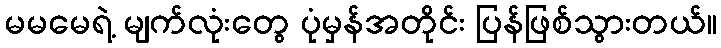
မမမေရဲ့ မျက်လုံးတွေ ပုံမှန်အတိုင်း ပြန်ဖြစ်သွားတယ်။